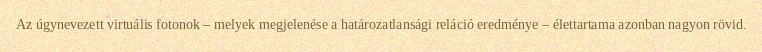
Az úgynevezett virtuális fotonok – melyek megjelenése a határozatlansági reláció eredménye – élettartama azonban nagyon rövid.